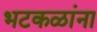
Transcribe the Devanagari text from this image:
भटकळांना